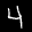
Label: 4